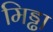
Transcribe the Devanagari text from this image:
मिड्ढा